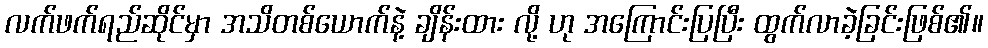
လက်ဖက်ရည်ဆိုင်မှာ အသိတစ်ယောက်နဲ့ ချိန်းထား လို့ ဟု အကြောင်းပြပြီး ထွက်လာခဲ့ခြင်းဖြစ်၏။